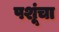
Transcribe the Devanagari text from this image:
पशूंचा